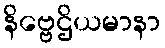
နိဗ္ဗေဌိယမာနာ